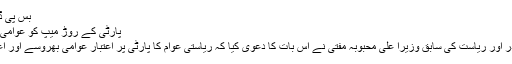
بس پی ڈی پی ہی درد کا درماں
پارٹی کے روڑ میپ کو عوامی مقبولیت حاصل:محبوبہ
سرینگر//پی ڈی پی صدر اور ریاست کی سابق وزیرا علیٰ محبوبہ مفتی نے اس بات کا دعویٰ کیا کہ ریاستی عوام کا پارٹی پر اعتبار عوامی بھروسے اور اعتماد کی کھلی دلیل ہے۔